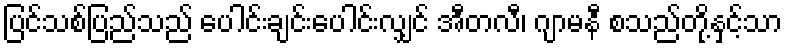
ပြင်သစ်ပြည်သည် ပေါင်းချင်းပေါင်းလျှင် အီတလီ၊ ဂျာမနီ စသည်တို့နှင့်သာ